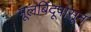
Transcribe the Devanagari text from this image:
मूलबिंदूपासून